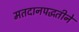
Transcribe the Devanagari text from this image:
मतदानपद्धतीने